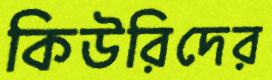
কিউরিদের